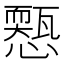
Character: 𢣓